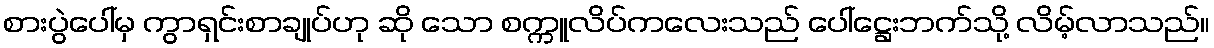
စားပွဲပေါ်မှ ကွာရှင်းစာချုပ်ဟု ဆို သော စက္ကူလိပ်ကလေးသည် ပေါ်ဋ္ဌေးဘက်သို့ လိမ့်လာသည်။